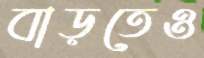
বাড়তেও